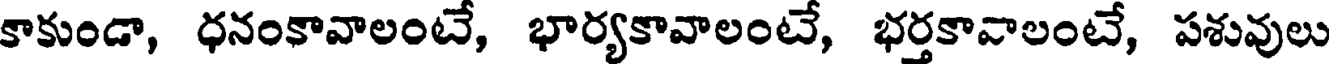
కాకుండా, ధనంకావాలంటే, భార్యకావాలంటే, భర్తకావాలంటే, పశువులు